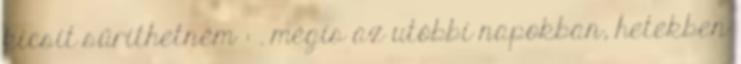
kicsit sűríthetném : . mégis az utóbbi napokban, hetekben